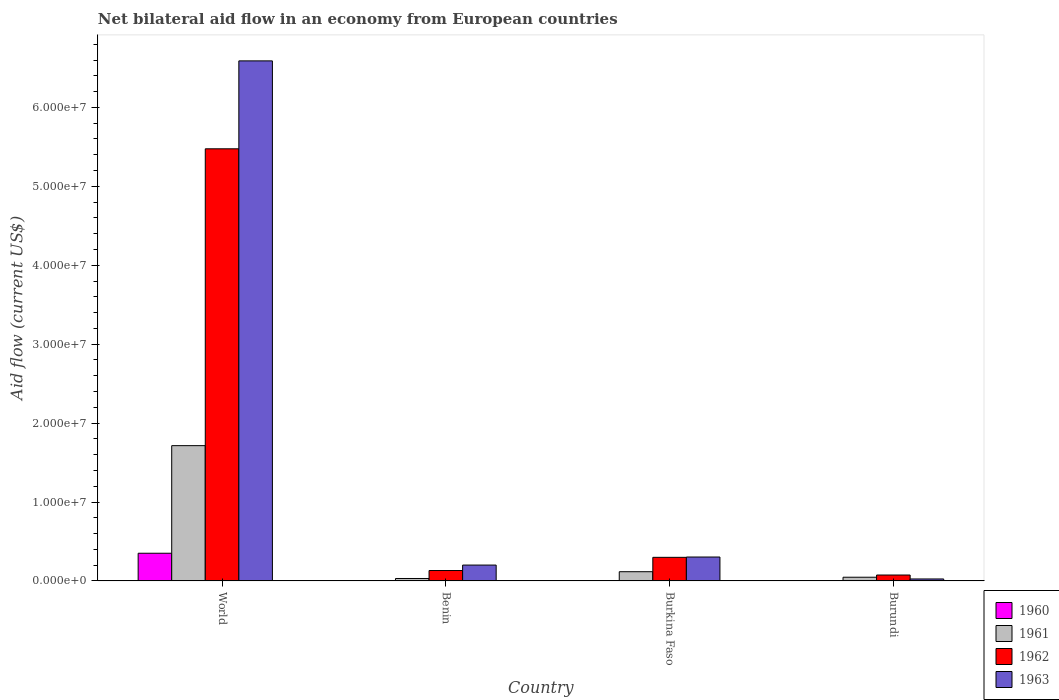
| Country | 1960 | 1961 | 1962 | 1963 |
 | --- | --- | --- | --- | --- |
 | World | 3.51e+06 | 1.71e+07 | 5.48e+07 | 6.59e+07 |
 | Benin | 1e+04 | 3.1e+05 | 1.32e+06 | 2.01e+06 |
 | Burkina Faso | 1e+04 | 1.17e+06 | 2.99e+06 | 3.03e+06 |
 | Burundi | 1e+04 | 4.7e+05 | 7.5e+05 | 2.5e+05 |